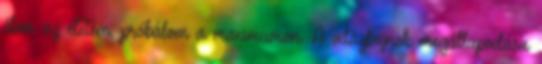
élem az életem, próbálom a maximumon. A világbajnok megállapodása